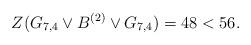
LaTeX: \begin{align*} Z(G_{7,4}\vee B^{(2)}\vee G_{7,4})=48<56. \end{align*}